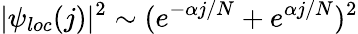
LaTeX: |\psi_{loc}(j)|^{2}\sim(e^{-\alpha j/N}+e^{\alpha j/N})^{2}